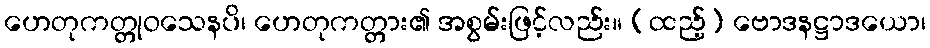
ဟေတုကတ္တုဝသေနပိ၊ ဟေတုကတ္တား၏ အစွမ်းဖြင့်လည်း။ (ထည့်) ဗောဒနဋ္ဌာဒယော၊